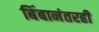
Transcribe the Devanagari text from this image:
बिंबानंतरही